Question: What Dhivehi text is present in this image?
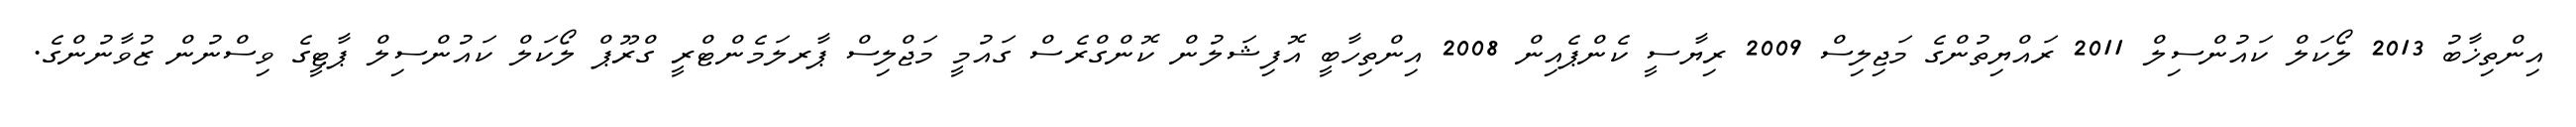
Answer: އިންތިޚާބު 2013 ލޯކަލް ކައުންސިލް 2011 ރައްޔިތުންގެ މަޖިލިސް 2009 ރިޔާސީ ކެންޕެއިން 2008 އިންތިހާބީ އޮފިޝަލުން ކޮންގްރެސް ގައުމީ މަޖްލިސް ޕާރލަމެންޓްރީ ގްރޫޕް ލޯކަލް ކައުންސިލް ޕާޓީގެ ވިސްނުން ޒުވާނުންގެ.